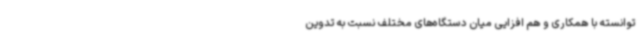
توانسته با همکاری و هم افزایی میان دستگاه‌های مختلف نسبت به تدوین